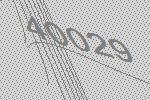
40029